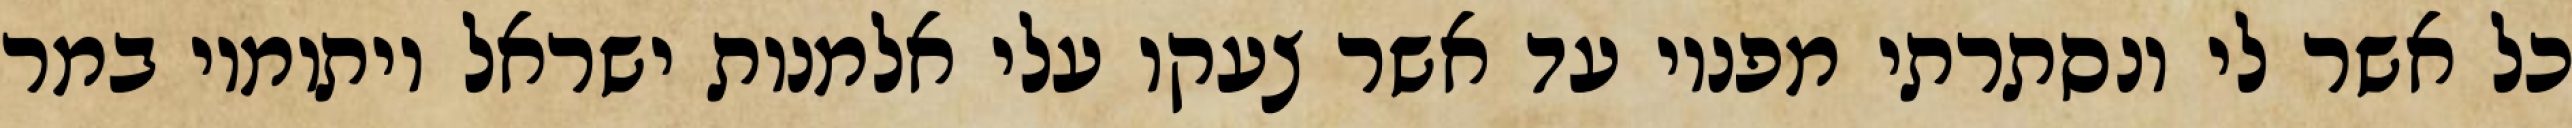
כל אשר לי ונסתרתי מפניו עד אשר צעקו עלי אלמנות ישראל ויתומיו במר